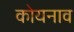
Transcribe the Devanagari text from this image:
कोयनाव